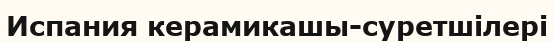
Испания керамикашы-суретшілері